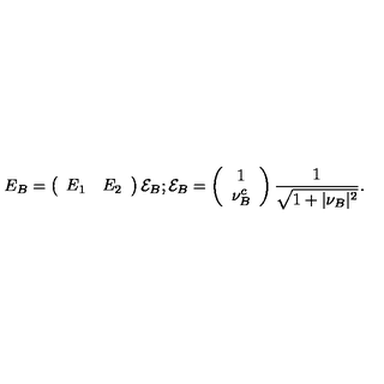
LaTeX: E _ { B } = \left( \begin{array} { c c } { E _ { 1 } } & { E _ { 2 } } \\ \end{array} \right) { \cal E } _ { B } ; { \cal E } _ { B } = \left( \begin{array} { c } { 1 } \\ { \nu _ { B } ^ { c } } \\ \end{array} \right) { \frac { 1 } { \sqrt { 1 + \vert \nu _ { B } \vert ^ { 2 } } } } .